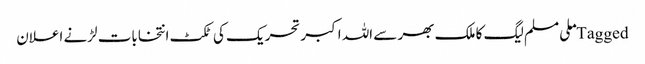
Tagged ملی مسلم لیگ کا ملک بھر سے اللہ اکبر تحریک کی ٹکٹ انتخابات لڑنے اعلان